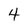
Character: 4